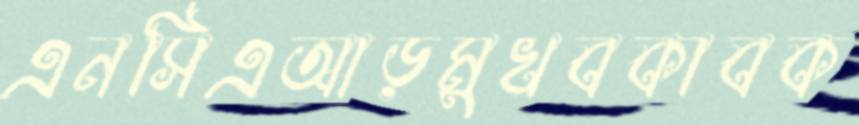
এনসিএআড়মুখবকাবক